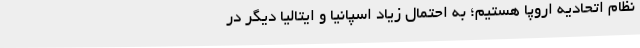
نظام اتحادیه اروپا هستیم؛ به احتمال زیاد اسپانیا و ایتالیا دیگر در